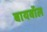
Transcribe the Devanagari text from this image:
बायवॉल